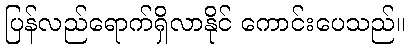
ပြန်လည်ရောက်ရှိလာနိုင် ကောင်းပေသည်။